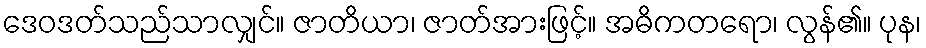
ဒေဝဒတ်သည်သာလျှင်။ ဇာတိယာ၊ ဇာတ်အားဖြင့်။ အဓိကတရော၊ လွန်၏။ ပုန၊